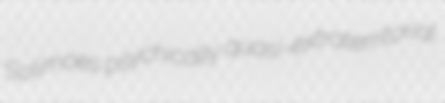
Solimoes psychically quasi-extraterritorial